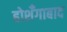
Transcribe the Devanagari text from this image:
होशँगाबाद